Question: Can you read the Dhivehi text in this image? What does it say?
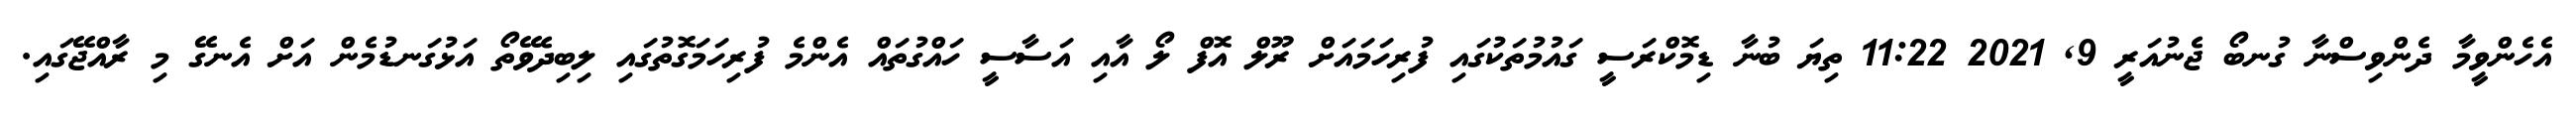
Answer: އެހެންވީމާ ދެންވިސްނާ ގުނބޯ ޖެނުއަރީ 9, 2021 11:22 ތިޔަ ބުނާ ޑިމޮކްރަސީ ގައުމުތަކުގައި ފުރިހަމައަށް ރޫލް އޮފް ލޯ އާއި އަސާސީ ހައްގުތައް އެންމެ ފުރިހަމަގޮތުގައި ލިބިދެވޭތޯ އަޅުގަނޑުމެން އަށް އެނގޭ މި ރާއްޖޭގައި.